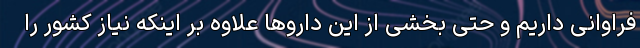
فراوانی داریم و حتی بخشی از این داروها علاوه بر اینکه نیاز کشور را